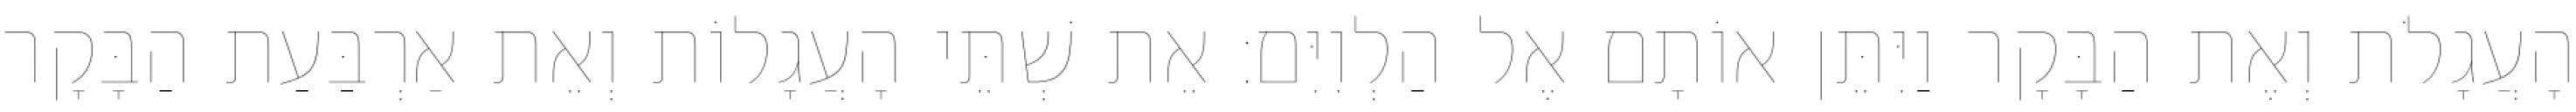
הָעֲגָלֹת וְאֶת הַבָּקָר וַיִּתֵּן אוֹתָם אֶל הַלְוִיִּם׃ אֵת שְׁתֵּי הָעֲגָלוֹת וְאֵת אַרְבַּעַת הַבָּקָר